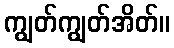
ကျွတ်ကျွတ်အိတ်။